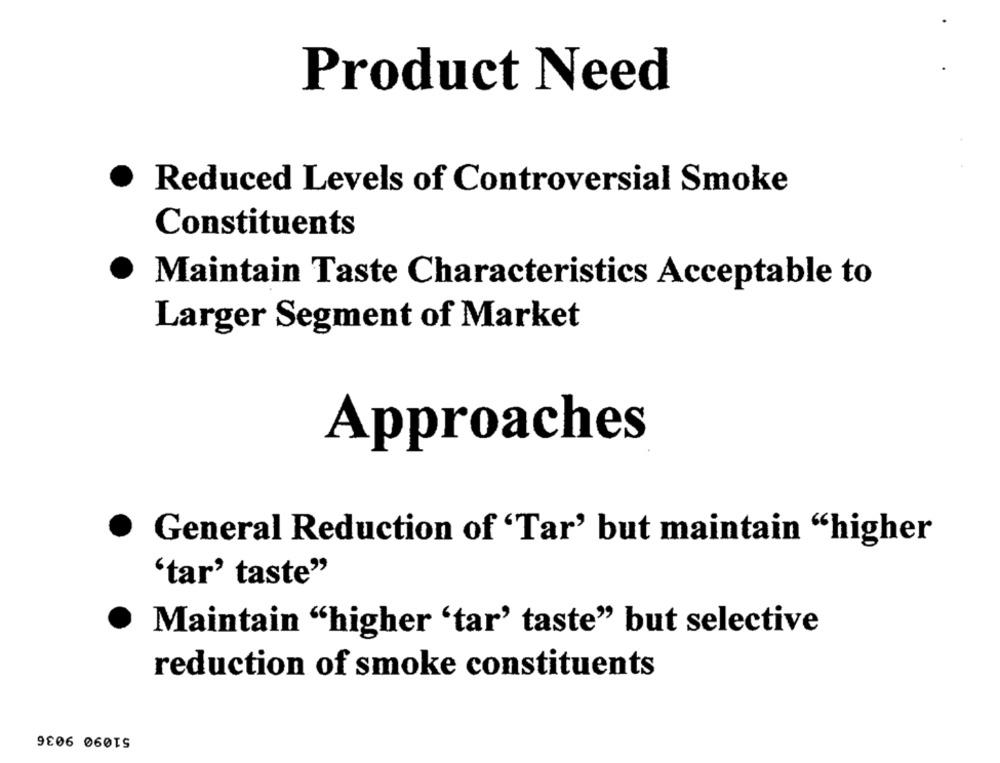
Product Need
Reduced Levels of Controversial Smoke
Constituents
Maintain Taste Characteristics Acceptable to
Larger Segment of Market
Approaches
General Reduction of 'Tar' but maintain "higher
'tar' taste"
·
Maintain "higher 'tar' taste" but selective
reduction of smoke constituents
51090 9036